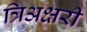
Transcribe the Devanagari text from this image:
त्रिअक्षरी